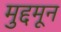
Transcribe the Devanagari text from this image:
मुद्दमून